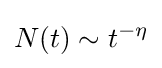
N(t)\sim t^{-\eta }